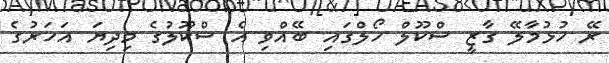
ރޭ ހުޅުމާލޭ ގާޒީ ސްކޫލް ހޯލްގައި ބޭއްވި އެ ސްކޫލުގެ މިދިޔަ އަހަރުގެ